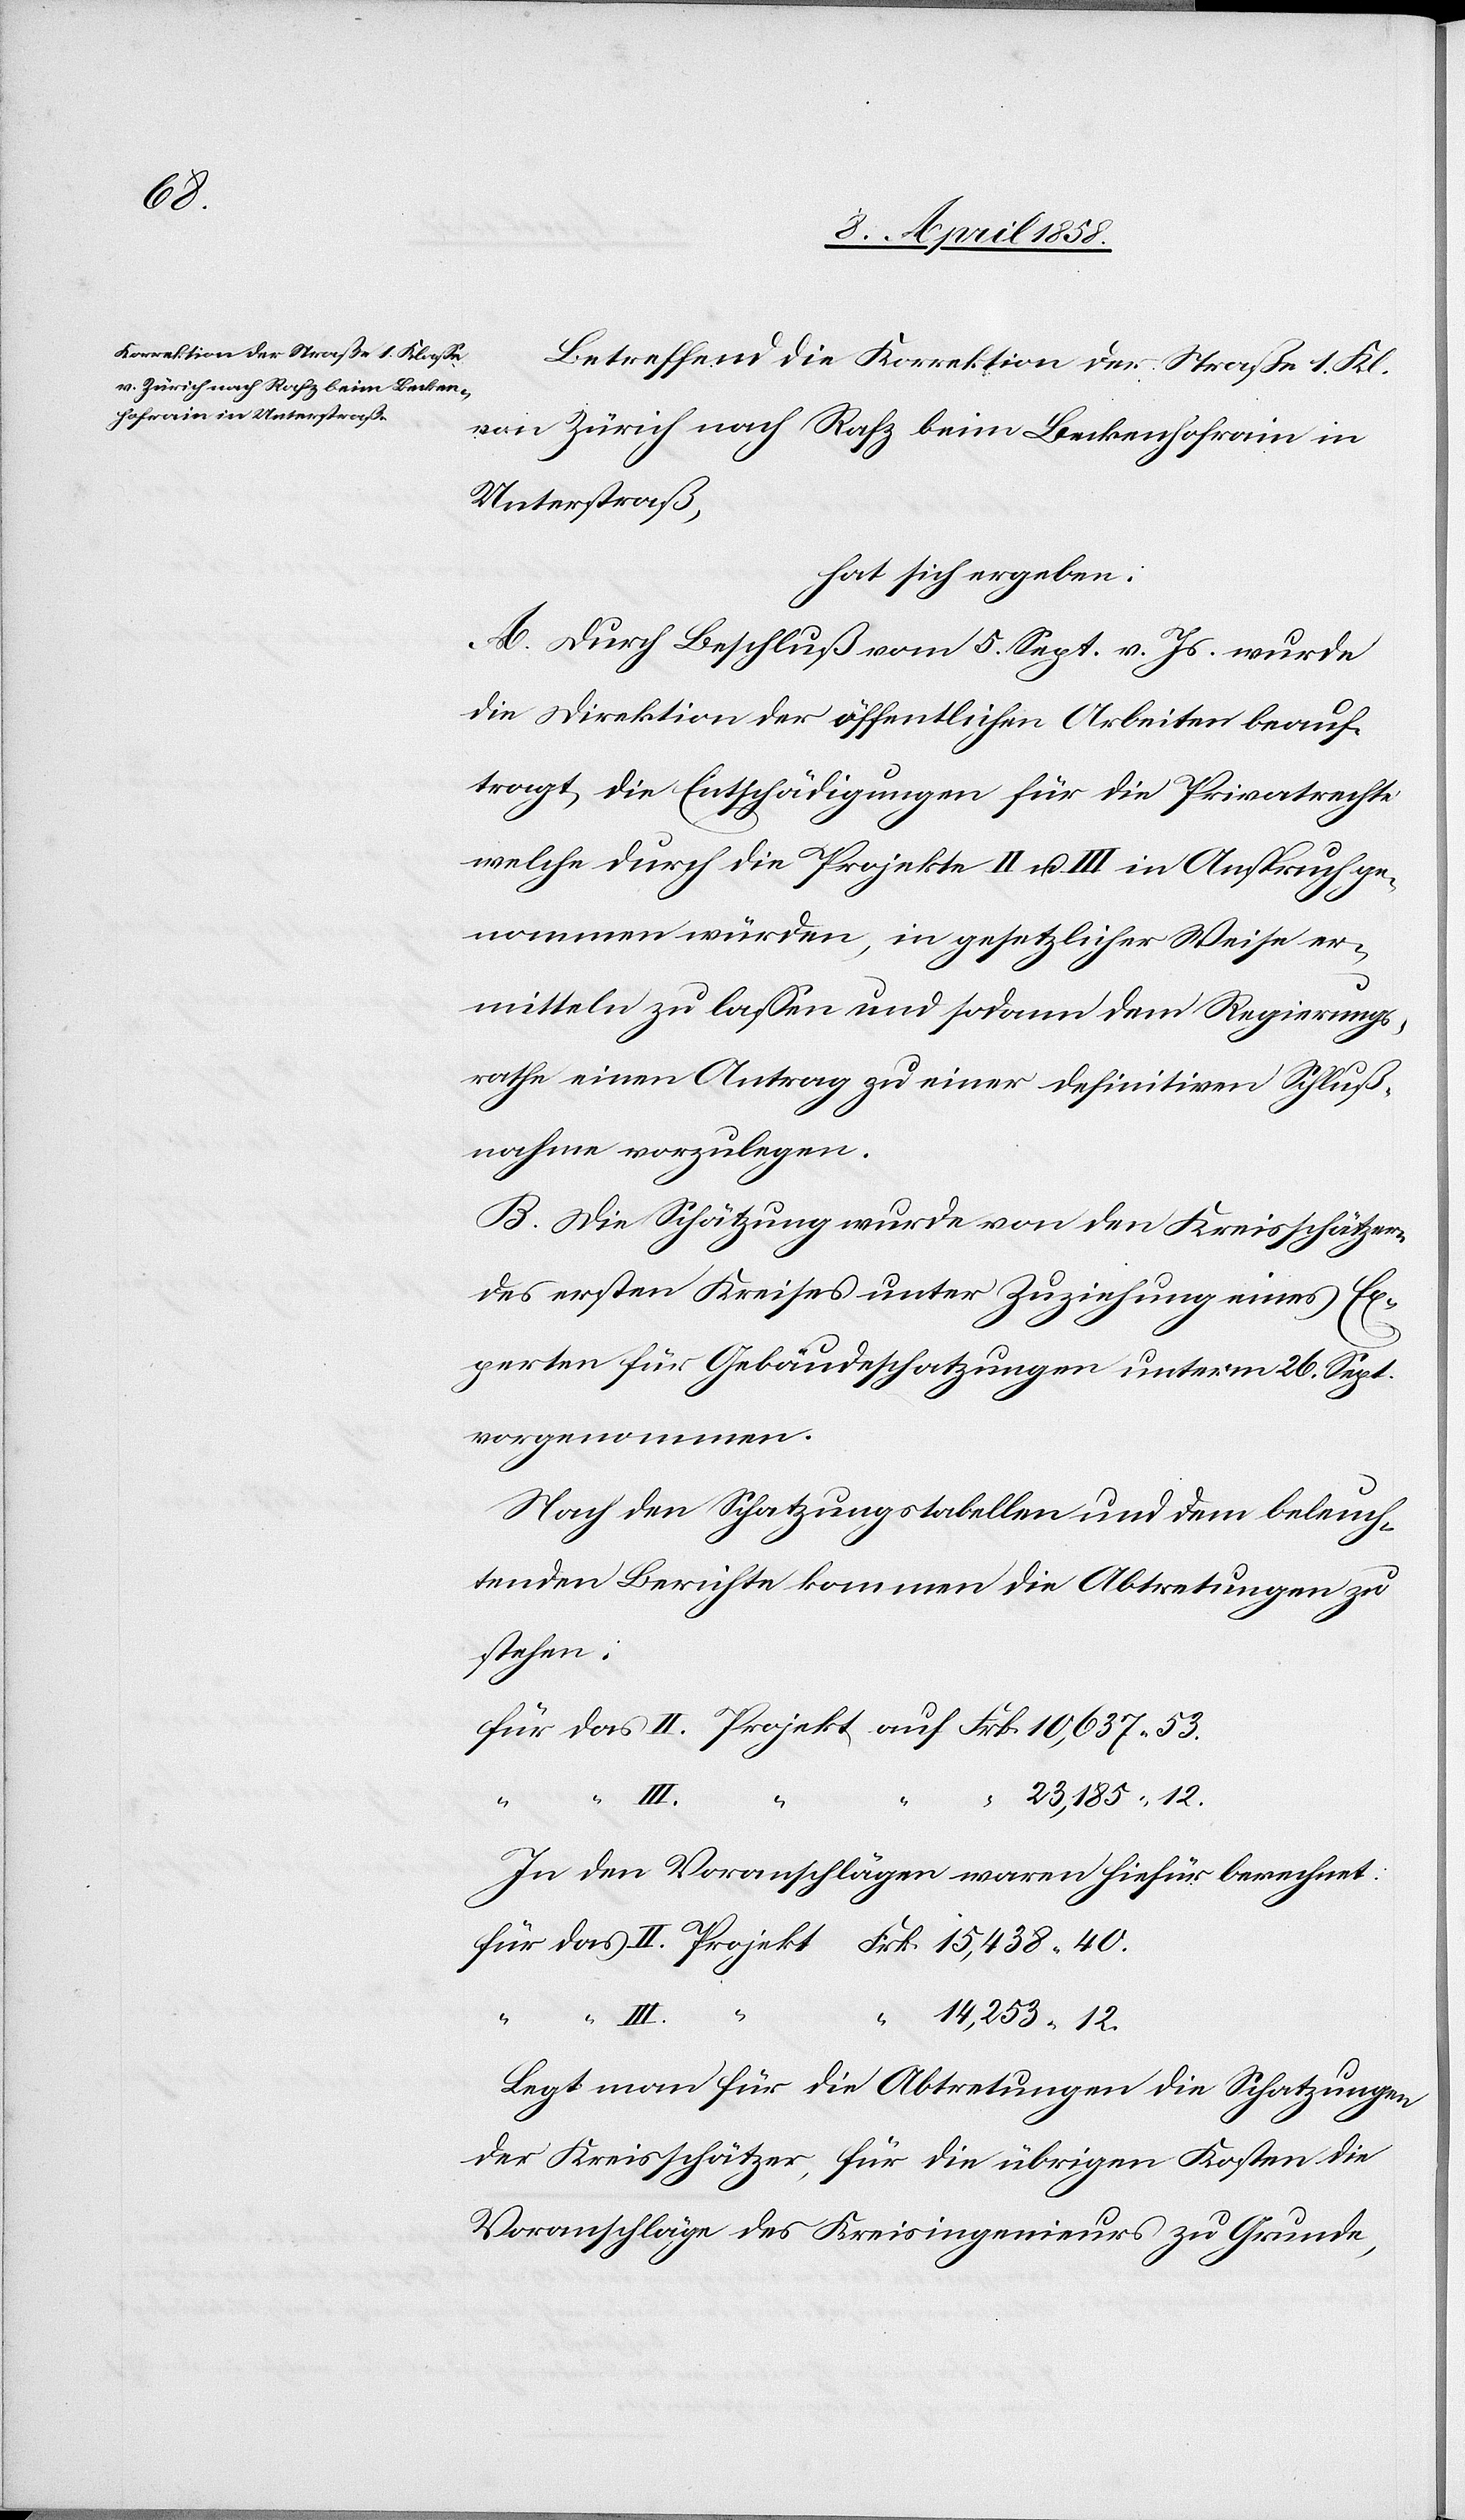
53.

Betreffend die Korrektion der Straße 1. Kl.
von Zürich nach Rafz beim Beckenhofrain in
Unterstraß,
hat sich ergeben:
A. Durch Beschluß vom 5. Sept. v. Js. wurde
die Direktion der öffentlichen Arbeiten beauf¬
tragt, die Entschädigungen für die Privatrechte
welche durch die Projekte II u. III in Anspruch ge¬
nommen würden, in gesetzlicher Weise er¬
mitteln zu lassen und sodann dem Regierungs¬
rathe einen Antrag zu einer definitiven Schluß¬
nahme vorzulegen.
B. Die Schätzung wurde von den Kreisschätzern
des ersten Kreises unter Zuziehung eines Ex¬
perten für Gebäudeschatzungen unterm 26. Sept.
vorgenommen.
Nach den Schatzungstabellen und dem beleuch¬
tenden Berichte kommen die Abtretungen zu
stehen:
12.
14,253
In den Voranschlägen waren hiefür berechnet:
“
III.
Legt man für die Abtretungen die Schatzungen
der Kreisschätzer, für die übrigen Kosten die
Voranschläge des Kreisingenieurs zu Grunde,